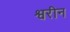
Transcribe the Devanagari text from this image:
श्वरीन